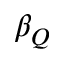
\beta _ { Q }